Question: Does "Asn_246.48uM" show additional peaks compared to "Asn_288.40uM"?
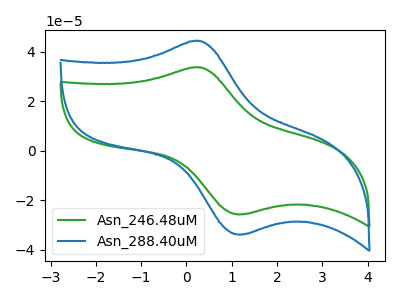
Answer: <think>The green curve "Asn_246.48uM" has an anodic peak at (0.25V, 33.70uA) and a cathodic peak at (1.25V, -25.65uA). The blue curve "Asn_288.40uM" has an anodic peak at (0.25V, 44.40uA) and a cathodic peak at (1.25V, -33.75uA).
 All the peaks in "Asn_246.48uM" have a peak in "Asn_288.40uM" at the same potential. Every peak in "Asn_246.48uM" is lower than every peak in "Asn_288.40uM".</think>
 <answer>No, "Asn_246.48uM" and "Asn_288.40uM" don't appear to be significantly different in shape</answer>
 <eval>no_change</eval>